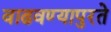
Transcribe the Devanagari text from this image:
वाढवण्यापुरते